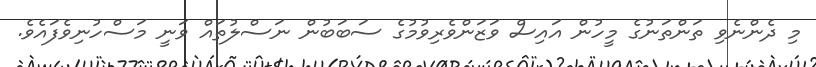
މި ދެންނެވި ތަންތަނުގެ މީހުން އައިސް ވަޒަންވެރިވުމުގެ ސަބަބުން ނަސްލުތައް ވަނީ މަސްހުނިވެފައެވެ.